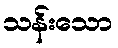
သန်းသော